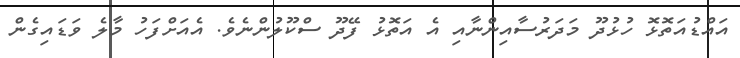
އައްޑުއަތޮޅޮ ހުޅުދޫ މަދަރުސާއިންނާއި އެ އަތޮޅު ފޭދޫ ސްކޫލުންނެވެ. އެއަށްފަހު މާލެ ވަޑައިގެން